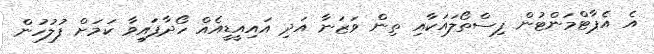
އެ އެޕާޓްމަންޓުން ފިސްތޯލައަކާއި ތިން ވަޒަނާ އަދި އައިއީޑީއެއް ހޯދާފައިވާ ކަމަށް ފުލުހުން